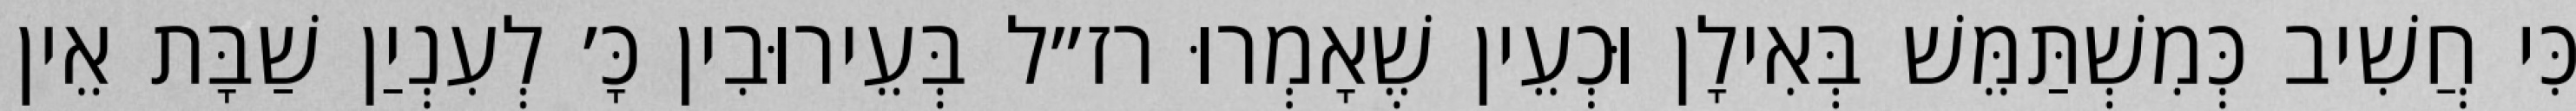
כִּי חֲשִׁיב כְּמִשְׁתַּמֵּשׁ בְּאִילָן וּכְעֵין שֶׁאָמְרוּ רז״ל בְּעֵירוּבִין כָּ׳ לְעִנְיַן שַׁבָּת אֵין